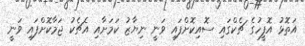
އަތޮޅު އޮފީހުގެ ޗެކްގައި ސޮއިކޮށްފައި ވަނީ ނިޔާޒު ކަމަށާއި އެޗެކު ޖަމާކޮށްފައި ވަނީ